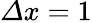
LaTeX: \varDelta x=1